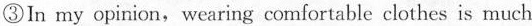
③In my opinion,wearing comfortable clothes is much